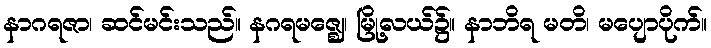
နာဂရဇာ၊ ဆင်မင်းသည်။ နဂရမဇ္ဈေ၊ မြို့လယ်၌။ နာဘိရ မတိ၊ မပျောပိုက်။